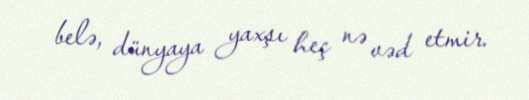
belə, dünyaya yaxşı heç nə vəd etmir.